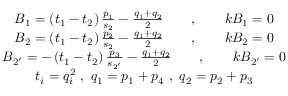
\begin{array} { c } { { B _ { 1 } = \left( t _ { 1 } - t _ { 2 } \right) \frac { p _ { 1 } } { s _ { 2 } } - \frac { q _ { 1 } + q _ { 2 } } 2 \qquad , \qquad k B _ { 1 } = 0 } } \\ { { B _ { 2 } = \left( t _ { 1 } - t _ { 2 } \right) \frac { p _ { 2 } } { s _ { 2 } } - \frac { q _ { 1 } + q _ { 2 } } 2 \qquad , \qquad k B _ { 2 } = 0 } } \\ { { B _ { 2 ^ { \prime } } = - \left( t _ { 1 } - t _ { 2 } \right) \frac { p _ { 3 } } { s _ { 2 ^ { \prime } } } - \frac { q _ { 1 } + q _ { 2 } } 2 \qquad , \qquad k B _ { 2 ^ { \prime } } = 0 } } \\ { { t _ { i } = q _ { i } ^ { 2 } \ , \ q _ { 1 } = p _ { 1 } + p _ { 4 } \ , \ q _ { 2 } = p _ { 2 } + p _ { 3 } } } \end{array}